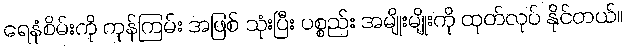
ရေနံစိမ်းကို ကုန်ကြမ်း အဖြစ် သုံးပြီး ပစ္စည်း အမျိုးမျိုးကို ထုတ်လုပ် နိုင်တယ်။